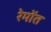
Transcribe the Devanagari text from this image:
रेमोंत